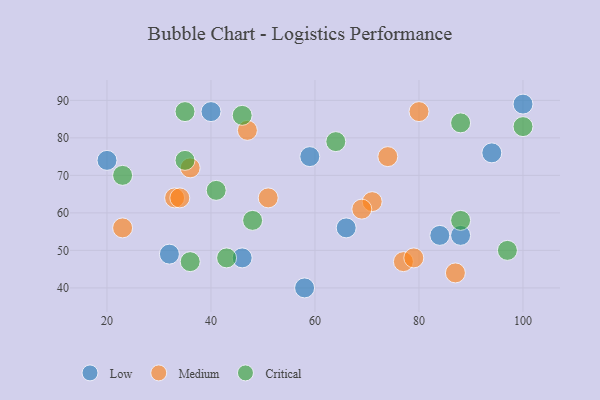
{"axis": {"x": "GDP", "y": "Life Expectancy"}, "legend": ["Critical", "Low", "Medium"], "data": [{"x": "100", "y": 89, "type": "Low"}, {"x": "94", "y": 76, "type": "Low"}, {"x": "58", "y": 40, "type": "Low"}, {"x": "59", "y": 75, "type": "Low"}, {"x": "88", "y": 54, "type": "Low"}, {"x": "84", "y": 54, "type": "Low"}, {"x": "40", "y": 87, "type": "Low"}, {"x": "46", "y": 48, "type": "Low"}, {"x": "66", "y": 56, "type": "Low"}, {"x": "32", "y": 49, "type": "Low"}, {"x": "20", "y": 74, "type": "Low"}, {"x": "87", "y": 44, "type": "Medium"}, {"x": "77", "y": 47, "type": "Medium"}, {"x": "71", "y": 63, "type": "Medium"}, {"x": "74", "y": 75, "type": "Medium"}, {"x": "33", "y": 64, "type": "Medium"}, {"x": "80", "y": 87, "type": "Medium"}, {"x": "47", "y": 82, "type": "Medium"}, {"x": "51", "y": 64, "type": "Medium"}, {"x": "79", "y": 48, "type": "Medium"}, {"x": "23", "y": 56, "type": "Medium"}, {"x": "34", "y": 64, "type": "Medium"}, {"x": "69", "y": 61, "type": "Medium"}, {"x": "36", "y": 72, "type": "Medium"}, {"x": "35", "y": 87, "type": "Critical"}, {"x": "46", "y": 86, "type": "Critical"}, {"x": "88", "y": 58, "type": "Critical"}, {"x": "97", "y": 50, "type": "Critical"}, {"x": "41", "y": 66, "type": "Critical"}, {"x": "43", "y": 48, "type": "Critical"}, {"x": "100", "y": 83, "type": "Critical"}, {"x": "88", "y": 84, "type": "Critical"}, {"x": "35", "y": 74, "type": "Critical"}, {"x": "64", "y": 79, "type": "Critical"}, {"x": "48", "y": 58, "type": "Critical"}, {"x": "36", "y": 47, "type": "Critical"}, {"x": "23", "y": 70, "type": "Critical"}]}